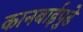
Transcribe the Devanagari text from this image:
कानबाईपुढे